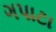
ગપાટા